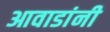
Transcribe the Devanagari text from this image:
आवाडांनी